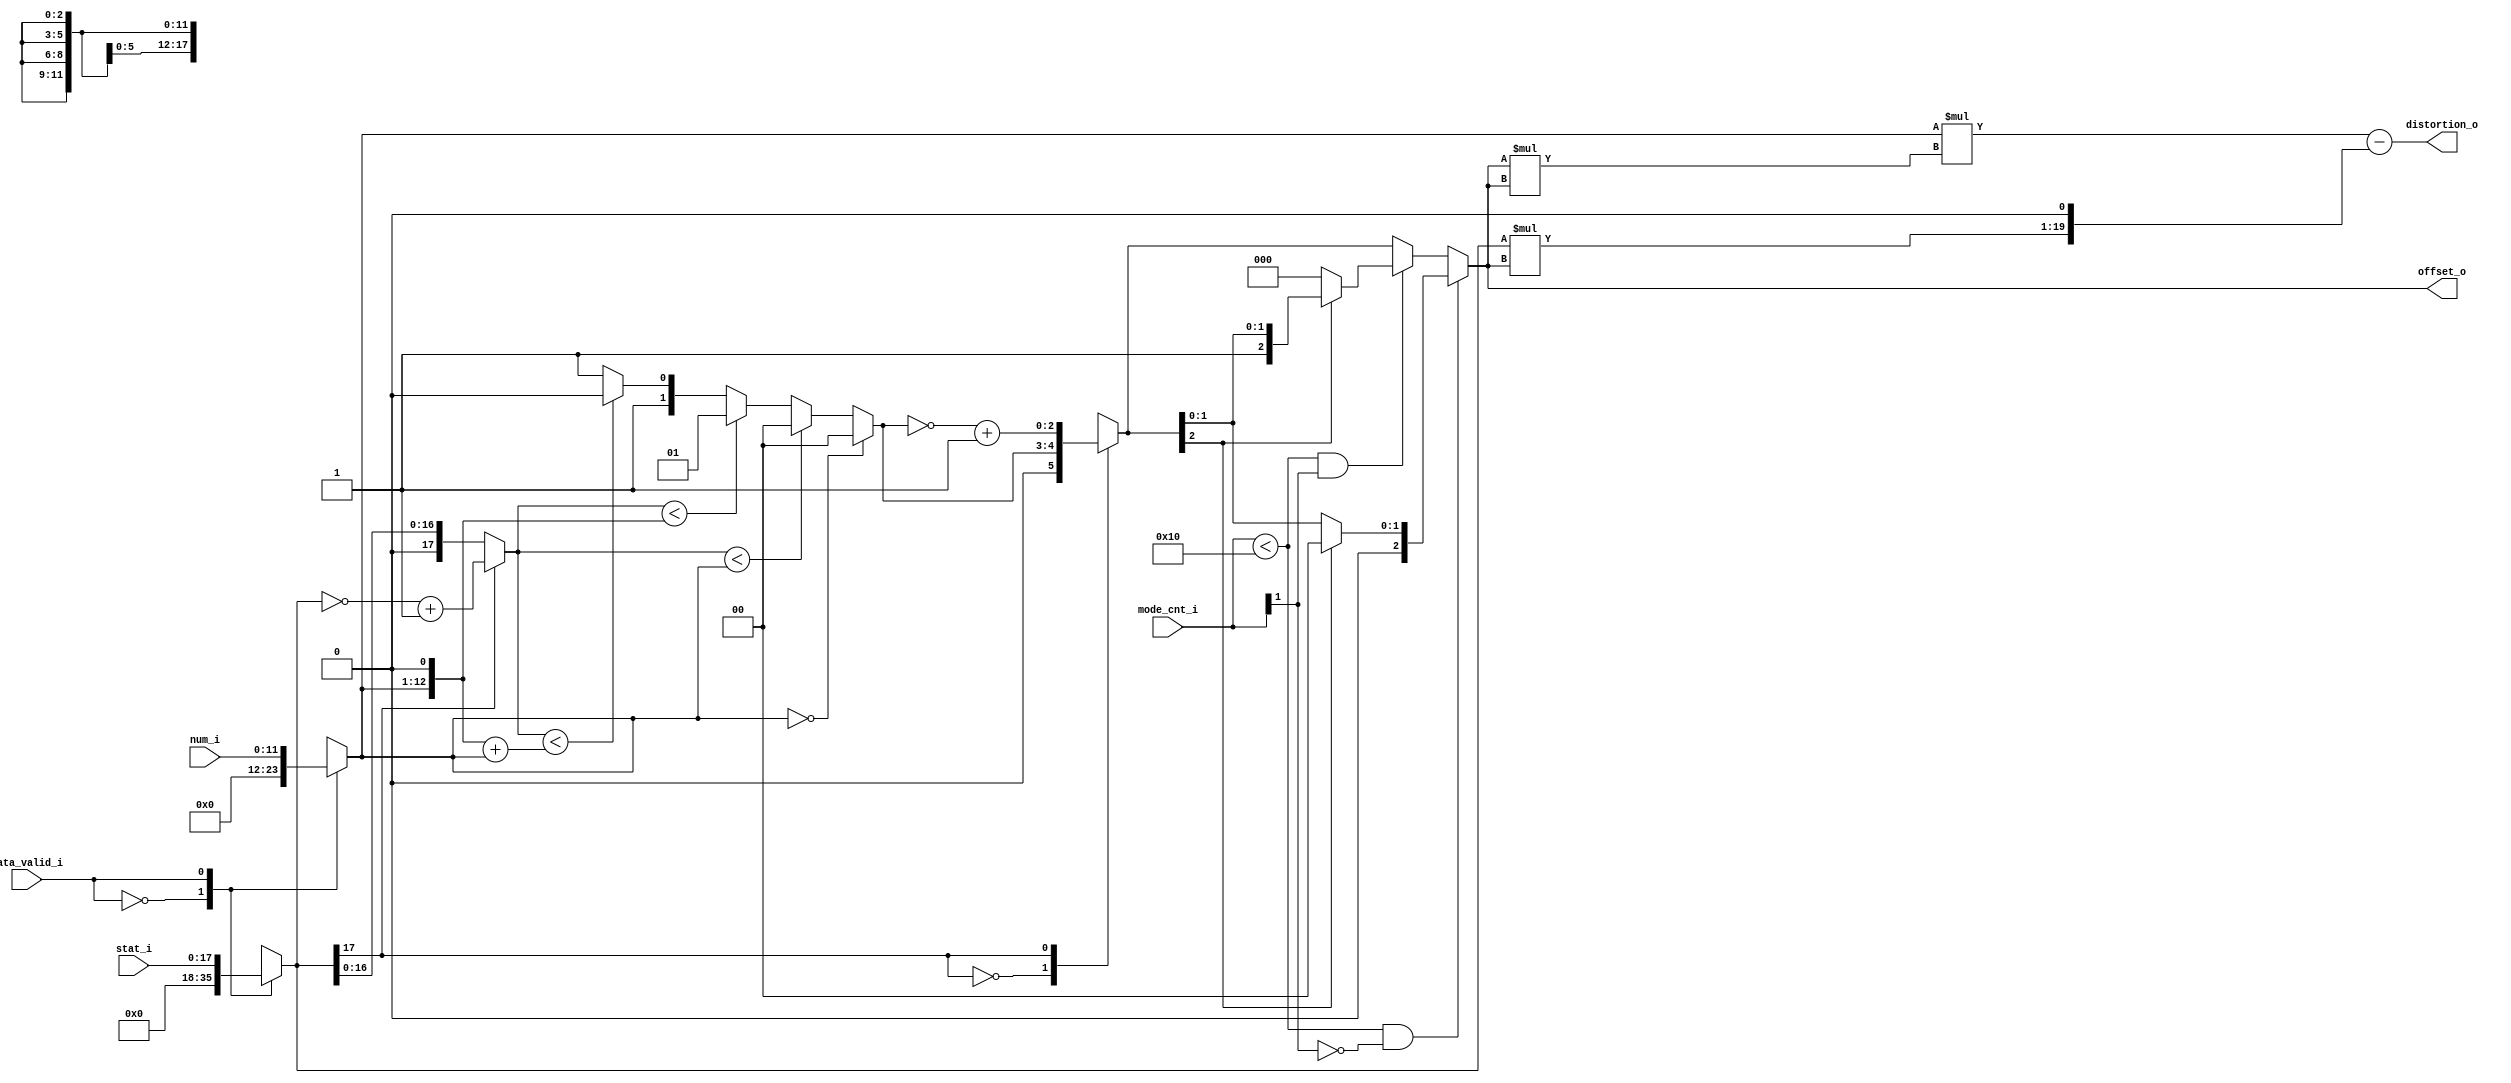
module sao_cal_offset(
                   stat_i                   ,
                   num_i                    ,
                   mode_cnt_i               ,
				   data_valid_i             ,
				   offset_o                 ,
                   distortion_o          				   
				   
				);
//---------------------------------------------------------------------------
//
//                        INPUT/OUTPUT DECLARATION 
//
//----------------------------------------------------------------------------
                    
parameter SAO_DIF_WIDTH = 18 ;
parameter SAO_NUM_WIDTH = 12 ;
parameter SAO_DIS_WIDTH = 20 ;

input  signed    [SAO_DIF_WIDTH-1:0]    stat_i          ;
input            [SAO_NUM_WIDTH-1:0]    num_i           ;
input            [4:0]                  mode_cnt_i      ;
input                                   data_valid_i    ;
output signed    [      2     :0]       offset_o        ;
output signed    [SAO_DIS_WIDTH-1:0]    distortion_o    ;


reg    signed    [SAO_DIF_WIDTH-1:0]    stat_r          ;
reg              [SAO_NUM_WIDTH-1:0]    num_r           ;

reg              [SAO_DIF_WIDTH-1:0]    stat_unsigned_r ;
wire             [SAO_NUM_WIDTH+1:0]    num_m2_w        ;
wire             [SAO_NUM_WIDTH+1:0]    num_m3_w        ;
reg              [      1     :0]       offset_unsigned_r;
reg    signed    [      2     :0]       offset_r        ;
reg    signed    [      2     :0]       offset_w        ;

always @(*) begin 
    case(data_valid_i)
        1'b0 :begin 
            stat_r = 'd0 ; 
            num_r =  'd0  ;
            end
        1'b1 :begin 
            stat_r = stat_i; 
            num_r = num_i;
            end      
    endcase 
end

always @(*) begin 
    case(stat_r[SAO_DIF_WIDTH-1])
        1'b1 : 
            stat_unsigned_r  = (~stat_r)+1'b1  ; 
        default : 
            stat_unsigned_r  = stat_r ;     
    endcase 
end

assign    num_m2_w  =  {num_r,1'b0}                   ; 
assign    num_m3_w  =  {num_r,1'b0} +  num_r          ; 

always @* begin 
    if(num_r==0)
        offset_unsigned_r   =    2'd0                 ;
	else if(stat_unsigned_r<num_r)	
		offset_unsigned_r   =    2'd0                 ;
	else if(stat_unsigned_r<num_m2_w)	
		offset_unsigned_r   =    2'd1                 ;
	else if(stat_unsigned_r<num_m3_w)	
		offset_unsigned_r   =    2'd2                 ;
	else 	
		offset_unsigned_r   =    2'd3                 ;
end 

always @* begin 
    case(stat_r[SAO_DIF_WIDTH-1])
        1'b0 : offset_r = {1'b0,offset_unsigned_r} ;
        1'b1 : offset_r = (~(offset_unsigned_r)+1'b1) ;
	endcase
end 

always @* begin 
    offset_w = offset_r ;
    if ( mode_cnt_i<16 && (mode_cnt_i[1] == 0) )
        offset_w = offset_r[2]==1 ? 0 : offset_r ;
    else if (mode_cnt_i<16 && (mode_cnt_i[1] == 1))
        offset_w = offset_r[2]==0 ? 0 : offset_r ;
    else 
        offset_w = offset_r ;
end 

wire signed   [ 5:0] temp1= offset_w * offset_w;
wire signed   [12:0] temp2= num_r    * temp1     ;
wire signed   [SAO_DIS_WIDTH-1:0] temp3= stat_r*offset_w   ;


assign   offset_o   =     offset_w                  ;
assign   distortion_o =   temp2  - {temp3,1'b0}       ;


endmodule